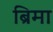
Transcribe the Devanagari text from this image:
ब्रिमा